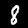
Digit: 8